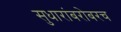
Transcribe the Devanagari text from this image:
सुधारांबरोबरच